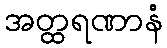
အတ္ထရဏာနံ